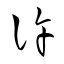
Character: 許